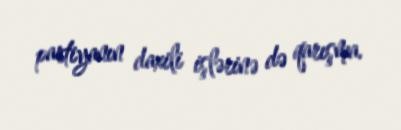
partiyanın daxili işlərinə də qarışma.